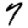
Digit: 7